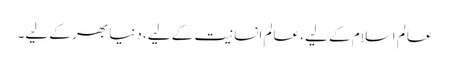
عالمِ اسلام کے لیے، عالمِ انسانیت کے لیے، دنیا بھر کے لیے۔